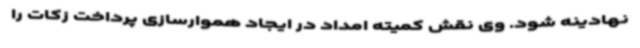
نهادینه شود. وی نقش کمیته امداد در ایجاد هموارسازی پرداخت زکات را